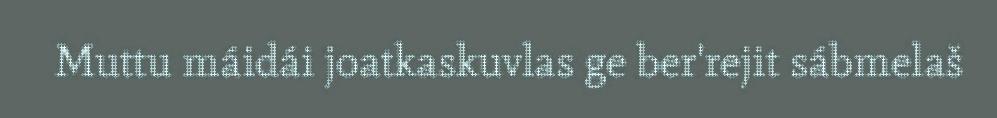
Muttu máidái joatkaskuvlas ge ber'rejit sábmelaš